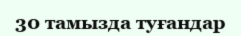
30 тамызда туғандар